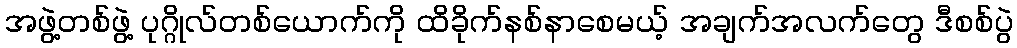
အဖွဲ့တစ်ဖွဲ့ ပုဂ္ဂိုလ်တစ်ယောက်ကို ထိခိုက်နစ်နာစေမယ့် အချက်အလက်တွေ ဒီစစ်ပွဲ